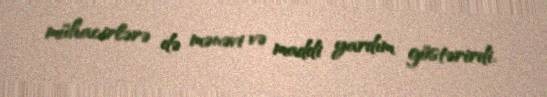
mühacirlərə də mənəvi və maddi yardım göstərirdi.